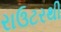
રાઉટરથી